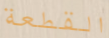
القطعة